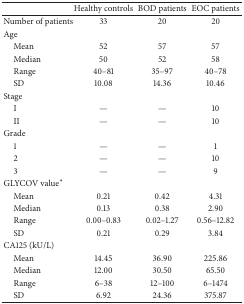
<table><thead><tr><td><b> </b></td><td><b>Healthy controls</b></td><td><b>BOD patients</b></td><td><b>EOC patients</b></td></tr></thead><tbody><tr><td>Number of patients</td><td>33</td><td>20</td><td>20</td></tr><tr><td>Age</td><td> </td><td> </td><td> </td></tr><tr><td> Mean</td><td>52</td><td>57</td><td>57</td></tr><tr><td> Median</td><td>50</td><td>52</td><td>58</td></tr><tr><td> Range</td><td>40–81</td><td>35–97</td><td>40–78</td></tr><tr><td> SD</td><td>10.08</td><td>14.36</td><td>10.46</td></tr><tr><td>Stage</td><td> </td><td> </td><td> </td></tr><tr><td> I</td><td>—</td><td>—</td><td>10</td></tr><tr><td> II</td><td>—</td><td>—</td><td>10</td></tr><tr><td>Grade</td><td> </td><td> </td><td> </td></tr><tr><td> 1</td><td>—</td><td>—</td><td>1</td></tr><tr><td> 2</td><td>—</td><td>—</td><td>10</td></tr><tr><td> 3</td><td>—</td><td>—</td><td>9</td></tr><tr><td>GLYCOV value∗</td><td> </td><td> </td><td> </td></tr><tr><td> Mean</td><td>0.21</td><td>0.42</td><td>4.31</td></tr><tr><td> Median</td><td>0.13</td><td>0.38</td><td>2.90</td></tr><tr><td> Range</td><td>0.00–0.83</td><td>0.02–1.27</td><td>0.56–12.82</td></tr><tr><td> SD</td><td>0.21</td><td>0.29</td><td>3.84</td></tr><tr><td>CA125 (kU/L)</td><td> </td><td> </td><td> </td></tr><tr><td> Mean</td><td>14.45</td><td>36.90</td><td>225.86</td></tr><tr><td> Median</td><td>12.00</td><td>30.50</td><td>65.50</td></tr><tr><td> Range</td><td>6–38</td><td>12–100</td><td>6–1474</td></tr><tr><td> SD</td><td>6.92</td><td>24.36</td><td>375.87</td></tr></tbody></table>